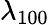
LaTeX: \lambda_{100}